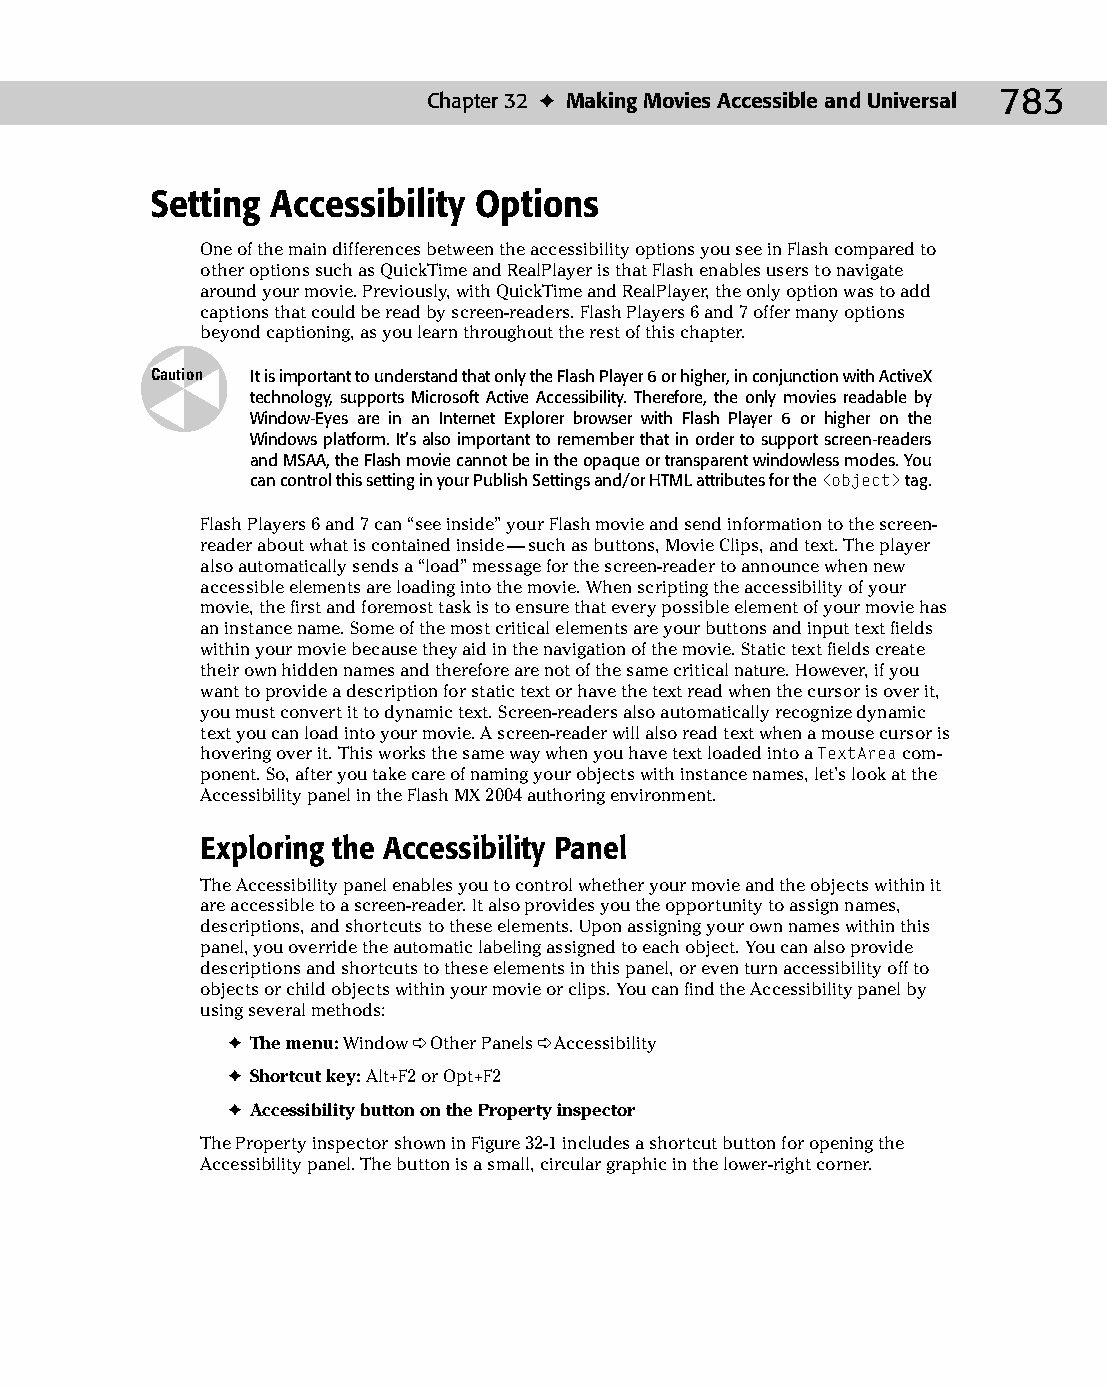
42 543547 ch32.qxd 3/24/04 4:16 PM Page 783
 Chapter 32 ✦ Making Movies Accessible and Universal 783
 Setting Accessibility Options
 One of the main differences between the accessibility options you see in Flash compared to
 other options such as QuickTime and RealPlayer is that Flash enables users to navigate
 around your movie. Previously, with QuickTime and RealPlayer, the only option was to add
 captions that could be read by screen-readers. Flash Players 6 and 7 offer many options
 beyond captioning, as you learn throughout the rest of this chapter.
 Caution It is important to understand that only the Flash Player 6 or higher, in conjunction with ActiveX
 technology, supports Microsoft Active Accessibility. Therefore, the only movies readable by
 Window-Eyes are in an Internet Explorer browser with Flash Player 6 or higher on the
 Windows platform. It’s also important to remember that in order to support screen-readers
 and MSAA, the Flash movie cannot be in the opaque or transparent windowless modes. You
 can control this setting in your Publish Settings and/or HTML attributes for the <object> tag.
 Flash Players 6 and 7 can “see inside” your Flash movie and send information to the screen-
 reader about what is contained inside — such as buttons, Movie Clips, and text. The player
 also automatically sends a “load” message for the screen-reader to announce when new
 accessible elements are loading into the movie. When scripting the accessibility of your
 movie, the first and foremost task is to ensure that every possible element of your movie has
 an instance name. Some of the most critical elements are your buttons and input text fields
 within your movie because they aid in the navigation of the movie. Static text fields create
 their own hidden names and therefore are not of the same critical nature. However, if you
 want to provide a description for static text or have the text read when the cursor is over it,
 you must convert it to dynamic text. Screen-readers also automatically recognize dynamic
 text you can load into your movie. A screen-reader will also read text when a mouse cursor is
 hovering over it. This works the same way when you have text loaded into a TextArea com­
 ponent. So, after you take care of naming your objects with instance names, let’s look at the
 Accessibility panel in the Flash MX 2004 authoring environment.
 Exploring the Accessibility Panel
 The Accessibility panel enables you to control whether your movie and the objects within it
 are accessible to a screen-reader. It also provides you the opportunity to assign names,
 descriptions, and shortcuts to these elements. Upon assigning your own names within this
 panel, you override the automatic labeling assigned to each object. You can also provide
 descriptions and shortcuts to these elements in this panel, or even turn accessibility off to
 objects or child objects within your movie or clips. You can find the Accessibility panel by
 using several methods:
 ✦ The menu: Window ➪ Other Panels ➪ Accessibility
 ✦ Shortcut key: Alt+F2 or Opt+F2
 ✦ Accessibility button on the Property inspector
 The Property inspector shown in Figure 32-1 includes a shortcut button for opening the
 Accessibility panel. The button is a small, circular graphic in the lower-right corner.